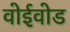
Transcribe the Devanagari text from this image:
वोईवोड